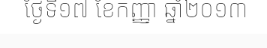
ថ្ងែទី១៧ ខែកញ្ញា ឆ្នាំ២០១៣